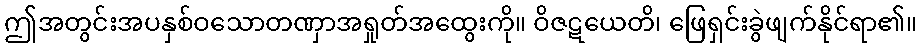
ဤအတွင်းအပနှစ်ဝသောတဏှာအရှုတ်အထွေးကို။ ဝိဇဋယေတိ၊ ဖြေရှင်းခွဲဖျက်နိုင်ရာ၏။